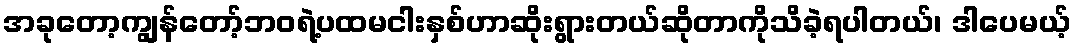
အခုတော့ကျွန်တော့်ဘဝရဲ့ပထမငါးနှစ်ဟာဆိုးရွားတယ်ဆိုတာကိုသိခဲ့ရပါတယ်၊ ဒါပေမယ့်